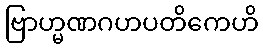
ဗြာဟ္မဏဂဟပတိကေဟိ